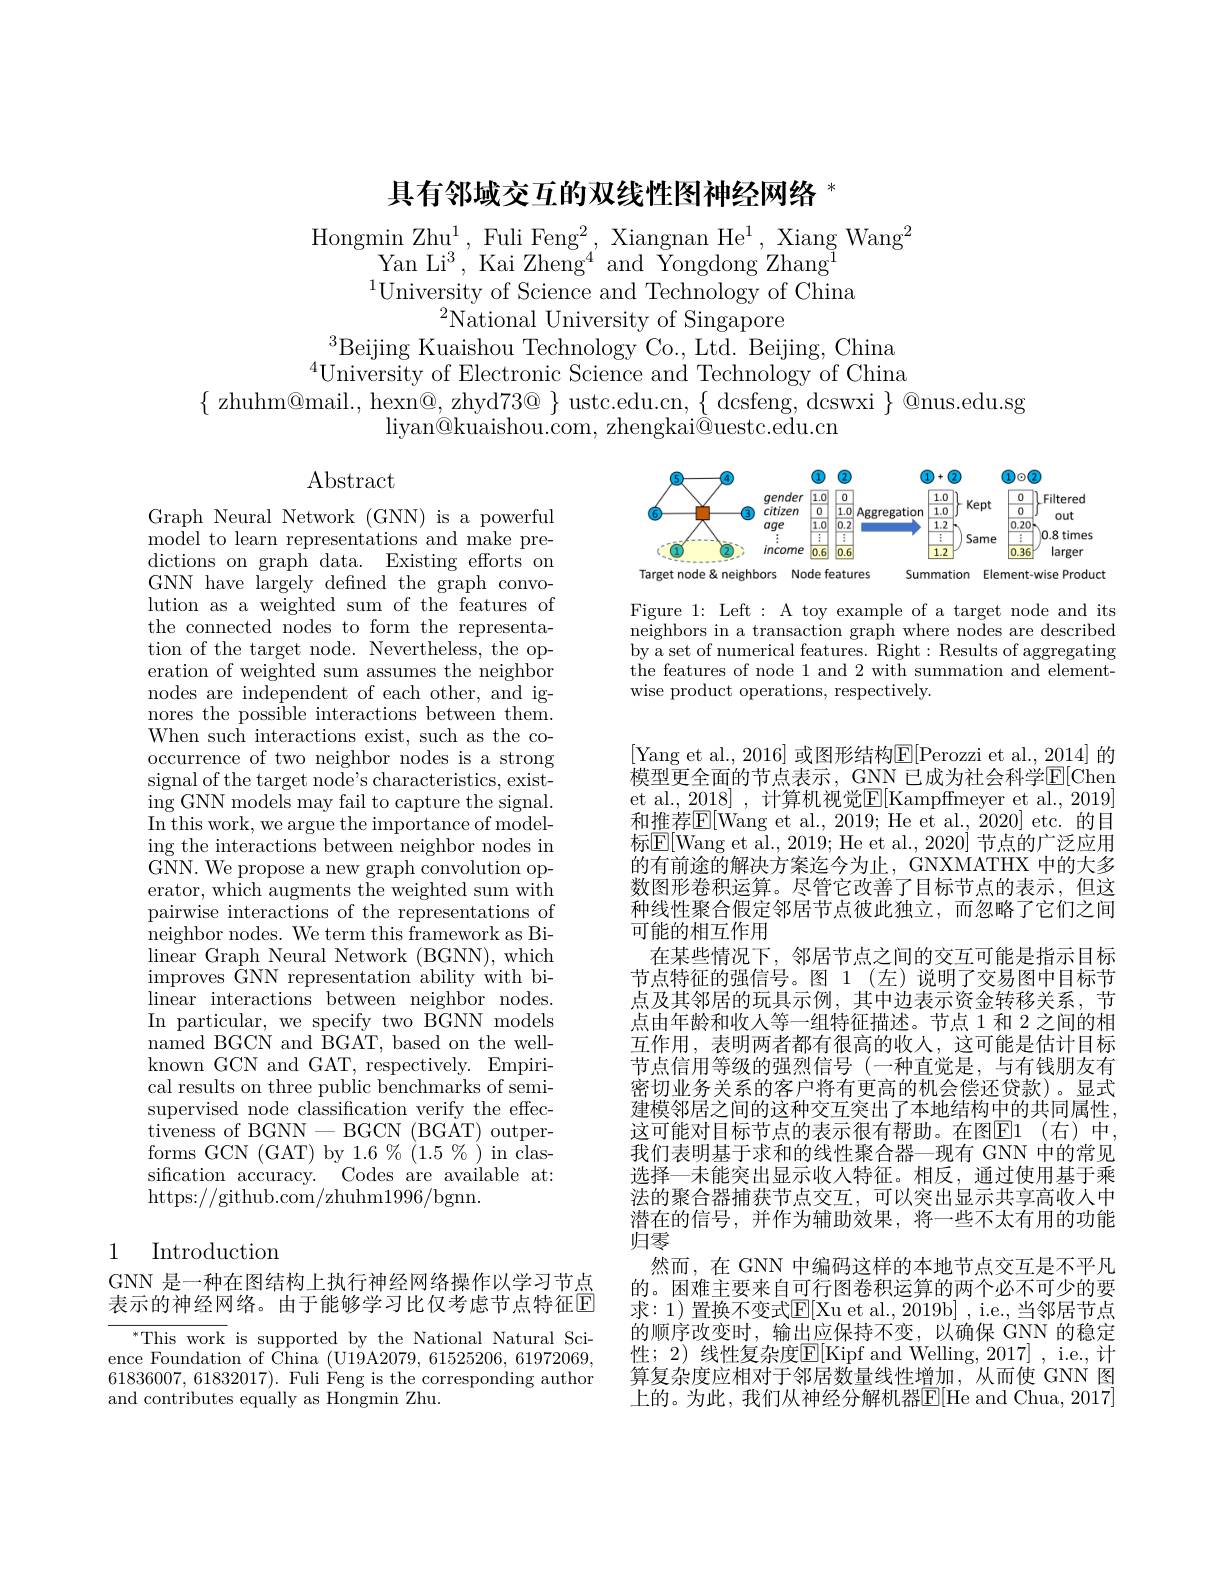
# 具有邻域交互的双线性图神经网络

Hongmin Zhu$^1$,Fuli Feng$^2$,Xiangnan He$^1$, Xiang Wang$^2$
Yan Li$^{3}$,Kai Zheng$^4$and Yongdong Zhang
$^{1}$University of Science and Technology of China
$^{2}$National University of Singapore
$^{3}$Beijing Kuaishou Technology Co., Ltd. Beijing, China

$^{4}$University of Electronic Science and Technology of China
$\{$ zhuhm@mail., hexn@, zhyd73@ $\}$ ustc.edu.cn, $\{$ dcsfeng, dcswxi $\}$ @nus.edu.sg
$\operatorname{liyan@kuaishou.com,~zhengkai@uestc.edu.cn}$

$\operatorname{Abstract}$

<FigureHere>

Figure 1: Left : A toy example of a target node and its neighbors in a transaction graph where nodes are described by a set of numerical features. Right: Results of aggregating the features of node 1 and 2 with summation and elementwise product operations, respectively.

Graph Neural Network (GNN) is a powerful model to learn representations and make predictions on graph data. Existing efforts on GNN have largely defined the graph convolution as a weighted sum of the features of the connected nodes to form the representation of the target node. Nevertheless, the operation of weighted sum assumes the neighbor nodes are independent of each other, and ignores the possible interactions between them. When such interactions exist, such as the cooccurrence of two neighbor nodes is a strong signal of the target node's characteristics, existing GNN models may fail to capture the signal. $\operatorname{In}\overset{\smile}{\operatorname*{\text{this work, we argue the importance of model-}}}$ ing the interactions between neighbor nodes in GNN. We propose a new graph convolution operator, which augments the weighted sum with pairwise interactions of the representations of neighbor nodes. We term this framework as Bilinear Graph Neural Network (BGNN), which improves ${\mathrm{~GNN~representation~ability~with~bi-}}$ linear interactions between neighbor nodes. In particular, we specify two BGNN models $\bar{\mathrm{named~BGCN~and~BGAT,~based~on~the~well-}}$ known GCN and GAT, respectively. Empirical results on three public benchmarks of semisupervised node classification verify the effec- $\bar{\text{tiveness of BGNN}}-$BGCN(BG$\bar{\mathrm{AT}})$outperforms GCN (GAT) by 1.6 % (1.5 %) in classification accuracy. Codes are available at: https://github.com/zhuhm1996/bgnn.

[Yang et al., 2016] 或图形结构$\mathbb{E}[$Perozzi et al., 2014]的模型更全面的节点表示，GNN 已成为社会科学$\mathbb{E}[$Chen et al. 2018] , 计算机视觉$\mathbb{E}[$Kampffmeyer et al., 2019] 和推荐$\overline{\mathrm{E}}[$Wang et al., 2019; He et al., 2020] etc. 的目标$\overline{\mathrm{E}}[$Wang et al., 2019; He et al., 2020] 节点的广泛应用的有前途的解决方案迄今为止，GNXMATHX 中的大多数图形卷积运算。尽管它改善了目标节点的表示，但这种线性聚合假定邻居节点彼此独立，而忽略了它们之间可能的相互作用
在某些情况下，邻居节点之间的交互可能是指示目标节点特征的强信号。图 1 (左)说明了交易图中目标节点及其邻居的玩具示例，其中边表示资金转移关系，节点由年龄和收入等一组特征描述。节点 1 和 2 之间的相互作用，表明两者都有很高的收入，这可能是估计目标节点信用等级的强烈信号 (一种直觉是，与有钱朋友有密切业务关系的客户将有更高的机会偿还贷款)。显式建模邻居之间的这种交互突出了本地结构中的共同属性， 这可能对目标节点的表示很有帮助。在图E1 (右)中， 我们表明基于求和的线性聚合器一现有 GNN 中的常见选择—未能突出显示收入特征。相反，通过使用基于乘法的聚合器捕获节点交互，可以突出显示共享高收人中潜在的信号，并作为辅助效果，将一些不太有用的功能归零
然而，在 GNN 中编码这样的本地节点交互是不平凡的。困难主要来自可行图卷积运算的两个必不可少的要求：1)置换不变式$\mathbb{E}[$Xu et al., 2019b] , i.e., 当邻居节点的顺序改变时，输出应保持不变，以确保 GNN 的稳定性；2) 线性复杂度$\mathbb{E}[$Kipf and Welling, 2017] , i.e., 计算复杂度应相对于邻居数量线性增加，从而使 GNN 图上的。为此，我们从神经分解机器$\overline{\mathbb{E}}[$He and Chua, 2017]

## 1 Introduction

GNN 是一种在图结构上执行神经网络操作以学习节点表示的神经网络。由于能够学习比仅考虑节点特征E

This work is supported by the National Natural Science Foundation of China (U19A2079, 61525206, 61972069, 61836007,61832017). Fuli Feng is the corresponding author and contributes equally as Hongmin Zhu.